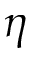
\eta